Rangoon Lunatic Asylum 1898-1906 - 1898-1906
Year: 1898
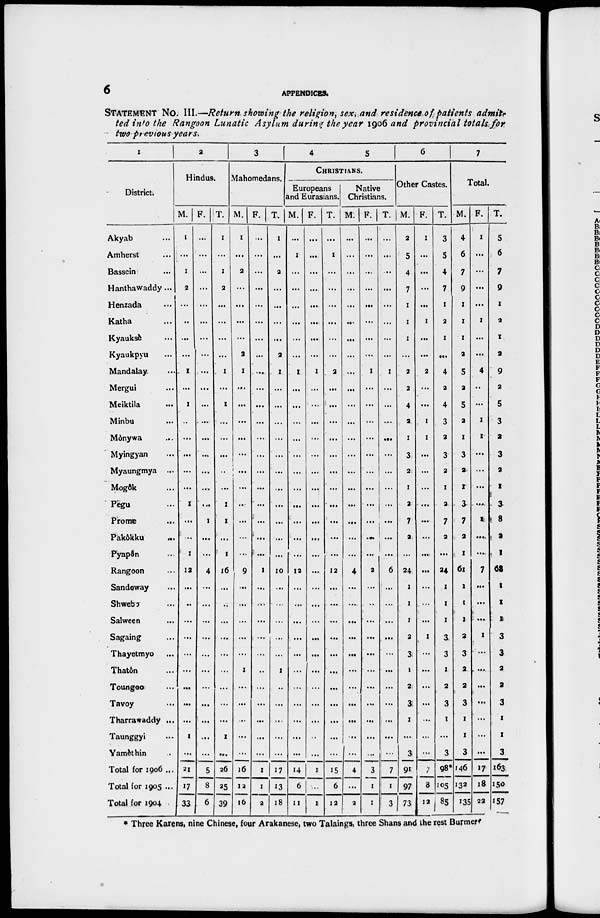
6
APPENDICES.
STATEMENT NO. III.—Return showing the religion, sex, and residence of patients admite
ted into the Rangoon Lunatic Asylum during the year 1906 and provincial totals for
two previous years.
1
District.
Akyab ...
Amherst ...
Bassein ...
Hanthawaddy ...
Henzada ...
Katha ...
Kyaukse ...
Kyaukpyu ...
Mandalay ...
Mergui ...
Meiktila ...
Minbu ...
Mònywa ...
Myingyan ...
Myaungmya ...
Mogôk ...
Pegu ...
Prome
...
Pakôkku ...
Pyapôn ...
Rangoon ...
Sandoway ...
Shwebo ...
Salween ...
Sagaing ...
Thayetmyo ...
Thatôn ...
Toungoo ...
Tavoy ...
Tharrawaddy ...
Taunggyi ...
Yamèthin ...
Total for 1906 ...
Total for 1905 ...
Total for 1904 ...
2
Hindus.
M.
1
...
1
3
...
...
...
...
1
...
1
...
...
...
...
...
1
...
...
1
13
...
...
...
...
...
...
...
...
...
1
...
21
17
33
F.
...
...
...
...
...
...
...
...
...
...
...
...
...
...
...
...
...
1
...
...
4
...
...
...
...
...
...
...
...
...
...
...
5
8
6
T.
1
...
1
3
...
...
...
...
1
...
1
...
...
...
...
...
1
1
...
1
16
...
...
...
...
...
...
...
...
...
1
...
36
25
39
3
Mahomedans.
M.
1
...
3
...
...
...
...
3
1
...
...
...
...
...
...
...
..
...
...
...
9
...
...
...
...
...
1
...
...
...
...
...
16
12
16
F.
...
...
...
...
...
...
...
...
...
...
...
...
...
...
...
...
...
...
...
...
1
...
...
...
...
...
...
...
...
...
...
...
1
1
3
T.
1
...
3
...
...
...
...
3
1
...
...
...
...
...
...
...
...
...
...
...
10
...
...
...
...
...
1
...
...
...
...
...
17
13
18
4
5
CHRISTIANS.
Europeans
and Eurasians.
M.
...
1
...
...
...
...
...
...
I
...
...
...
...
...
...
...
...
...
...
...
13
...
...
...
...
...
...
...
...
...
...
...
14
6
11
F.
...
...
...
...
...
...
...
...
1
...
...
...
...
...
...
...
...
...
...
...
...
...
...
...
...
...
...
...
...
...
...
...
1
...
1
T.
...
1
...
...
...
...
...
...
3
...
...
...
...
...
...
...
...
...
...
...
12
...
...
...
...
...
...
...
...
...
...
...
15
6
13
Native
Christians.
M.
...
...
...
...
...
...
...
...
...
...
...
...
...
...
...
...
...
...
...
...
4
...
...
...
...
...
...
...
...
...
..
...
4
...
2
F.
...
...
...
...
...
...
...
...
1
...
...
...
...
...
...
...
...
...
...
...
2
...
...
...
...
...
...
...
...
...
...
...
3
1
1
T.
...
...
..
...
...
...
...
...
1
...
...
...
...
...
...
...
...
...
...
...
6
...
...
...
...
...
...
...
...
...
...
...
7
1
3
6
Other Castes.
M.
2
5
4
7
1
1
1
...
3
3
4
2
1
3
2
1
3
7
2
...
34
1
1
1
2
3
1
3
3
1
...
3
91
97
73
F.
1
...
...
...
...
1
...
...
3
...
...
1
1
...
...
...
...
...
...
...
...
...
...
1
...
...
...
...
...
...
...
7
8
12
T.
3
5
4
7
1
3
1
...
4
3
4
3
3
3
2
1
3
7
2
...
34
1
1
1
3
3
1
3
3
1
...
3
98*
105
85
7
Total.
M.
4
6
7
9
1
1
1
2
5
2
5
2
1
3
2
1
3
7
2
1
61
1
1
1
2
3
2
2
3
1
1
3
146
132
135
F.
1
...
...
...
...
1
...
...
4
...
...
1
1
...
...
...
...
1
...
...
7
...
...
...
1
...
...
...
...
...
...
...
17
18
22
T.
5
6
7
9
1
3
1
2
9
2
5
3
2
3
2
1
3
8
2
1
68
1
1
1
3
3
2
2
3
1
t
3
163
150
157
* Three Karens, nine Chinese, four Arakanese, two Talaings, three Shans and the rest Burmer